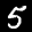
Label: 5